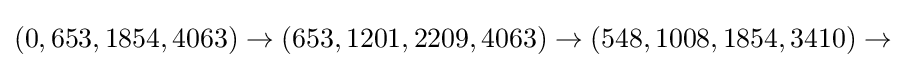
(0,653,1854,4063)\rightarrow (653,1201,2209,4063)\rightarrow (548,1008,1854,3410)\rightarrow